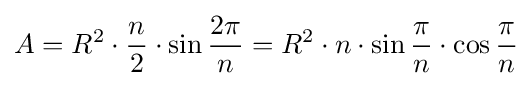
A=R^{2}\cdot {\frac {n}{2}}\cdot \sin {\frac {2\pi }{n}}=R^{2}\cdot n\cdot \sin {\frac {\pi }{n}}\cdot \cos {\frac {\pi }{n}}